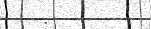
: